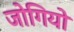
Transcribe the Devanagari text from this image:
जोगियो